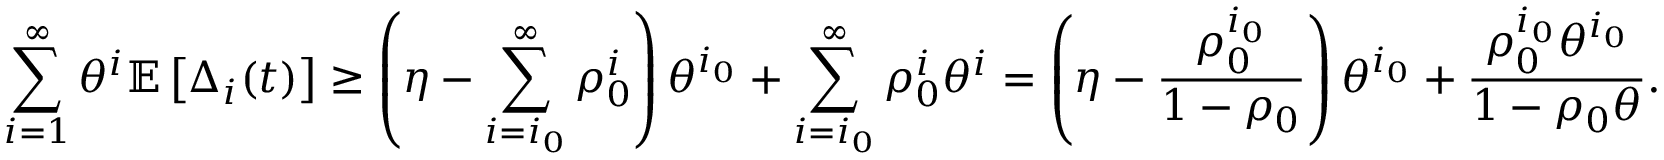
\sum _ { i = 1 } ^ { \infty } \theta ^ { i } \mathbb { E } \left[ \Delta _ { i } ( t ) \right] \geq \left( \eta - \sum _ { i = i _ { 0 } } ^ { \infty } \rho _ { 0 } ^ { i } \right) \theta ^ { i _ { 0 } } + \sum _ { i = i _ { 0 } } ^ { \infty } \rho _ { 0 } ^ { i } \theta ^ { i } = \left( \eta - \frac { \rho _ { 0 } ^ { i _ { 0 } } } { 1 - \rho _ { 0 } } \right) \theta ^ { i _ { 0 } } + \frac { \rho _ { 0 } ^ { i _ { 0 } } \theta ^ { i _ { 0 } } } { 1 - \rho _ { 0 } \theta } .